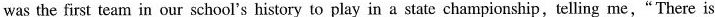
was the first team in our school's history to play in a state championship,telling me,"There is